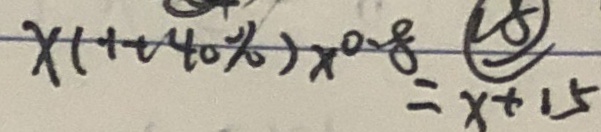
x ( 1 + 4 0 \% ) \times 0 . 8 = x + 1 5